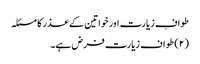
طوافِ زیارت اور خواتین کے عذر کا مسئلہ
(۲) طواف زیارت فرض ہے۔